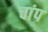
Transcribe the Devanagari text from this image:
चांप